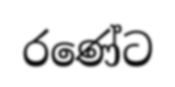
රණේට